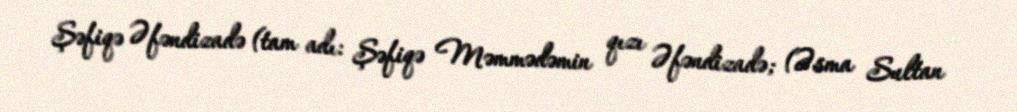
Şəfiqə Əfəndizadə (tam adı: Şəfiqə Məmmədəmin qızı Əfəndizadə; (Əsma Sultan